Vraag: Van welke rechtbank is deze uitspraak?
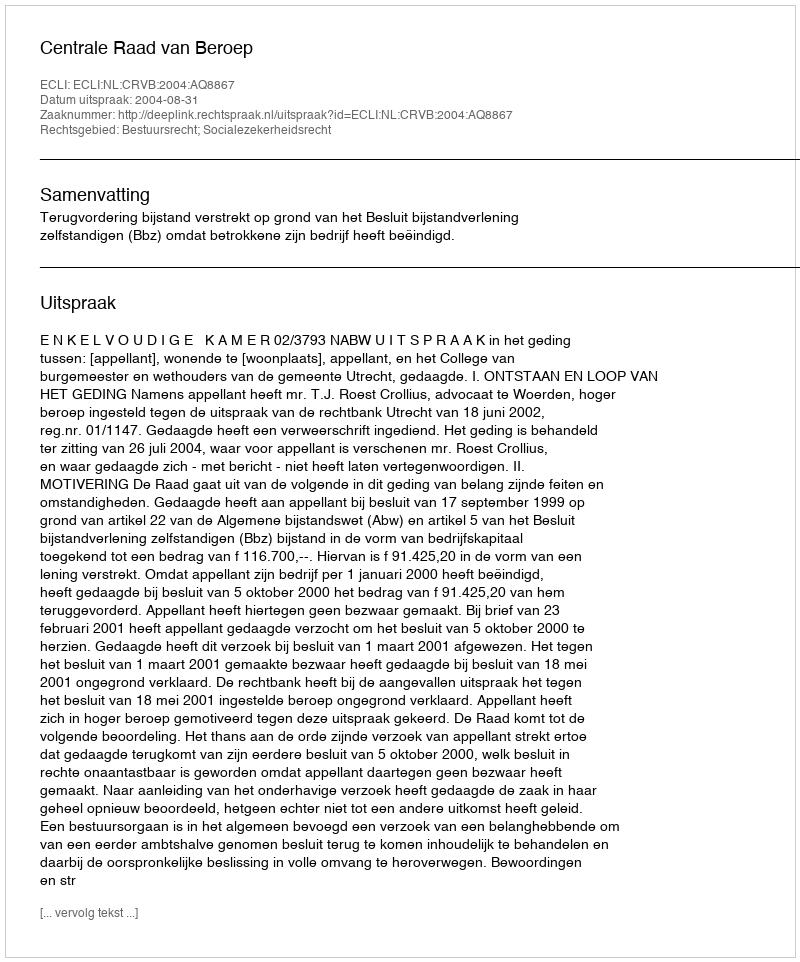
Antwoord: Centrale Raad van Beroep